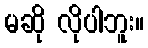
မဆို လိုပါဘူး။